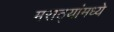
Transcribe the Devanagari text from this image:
मराठ्यांमध्ये